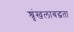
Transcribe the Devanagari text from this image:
श्रृंखलाबद्धता